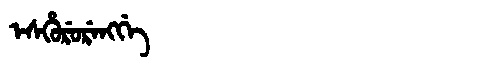
Manchu: ᡝᠰᡥᡠᡵᡠᡵᡝᠩᡤᡝ
Romanization: ESHURURENGGE